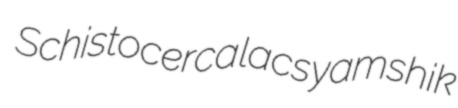
Schistocerca lacs yamshik